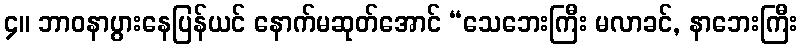
၄။ ဘာဝနာပွားနေပြန်ယင် နောက်မဆုတ်အောင် “သေဘေးကြီး မလာခင်, နာဘေးကြီး